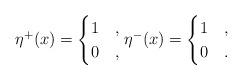
LaTeX: \begin{gather*} \eta^{+}(x) =\begin{cases} 1 & ,\\ 0 & ,\end{cases} \eta^{-}(x) =\begin{cases} 1 & ,\\ 0 & .\end{cases}\end{gather*}